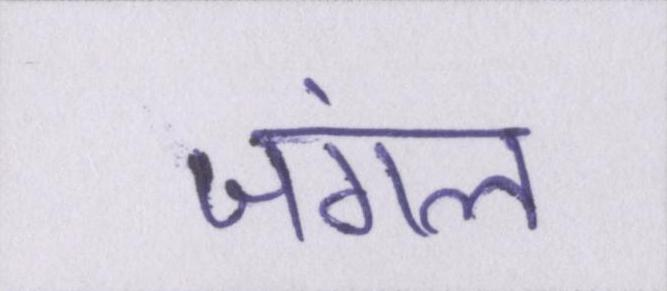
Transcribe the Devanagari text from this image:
जंगल